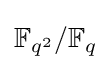
\mathbb {F} _{q^{2}}/\mathbb {F} _{q}